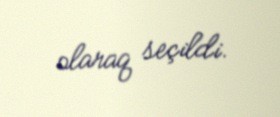
olaraq seçildi.